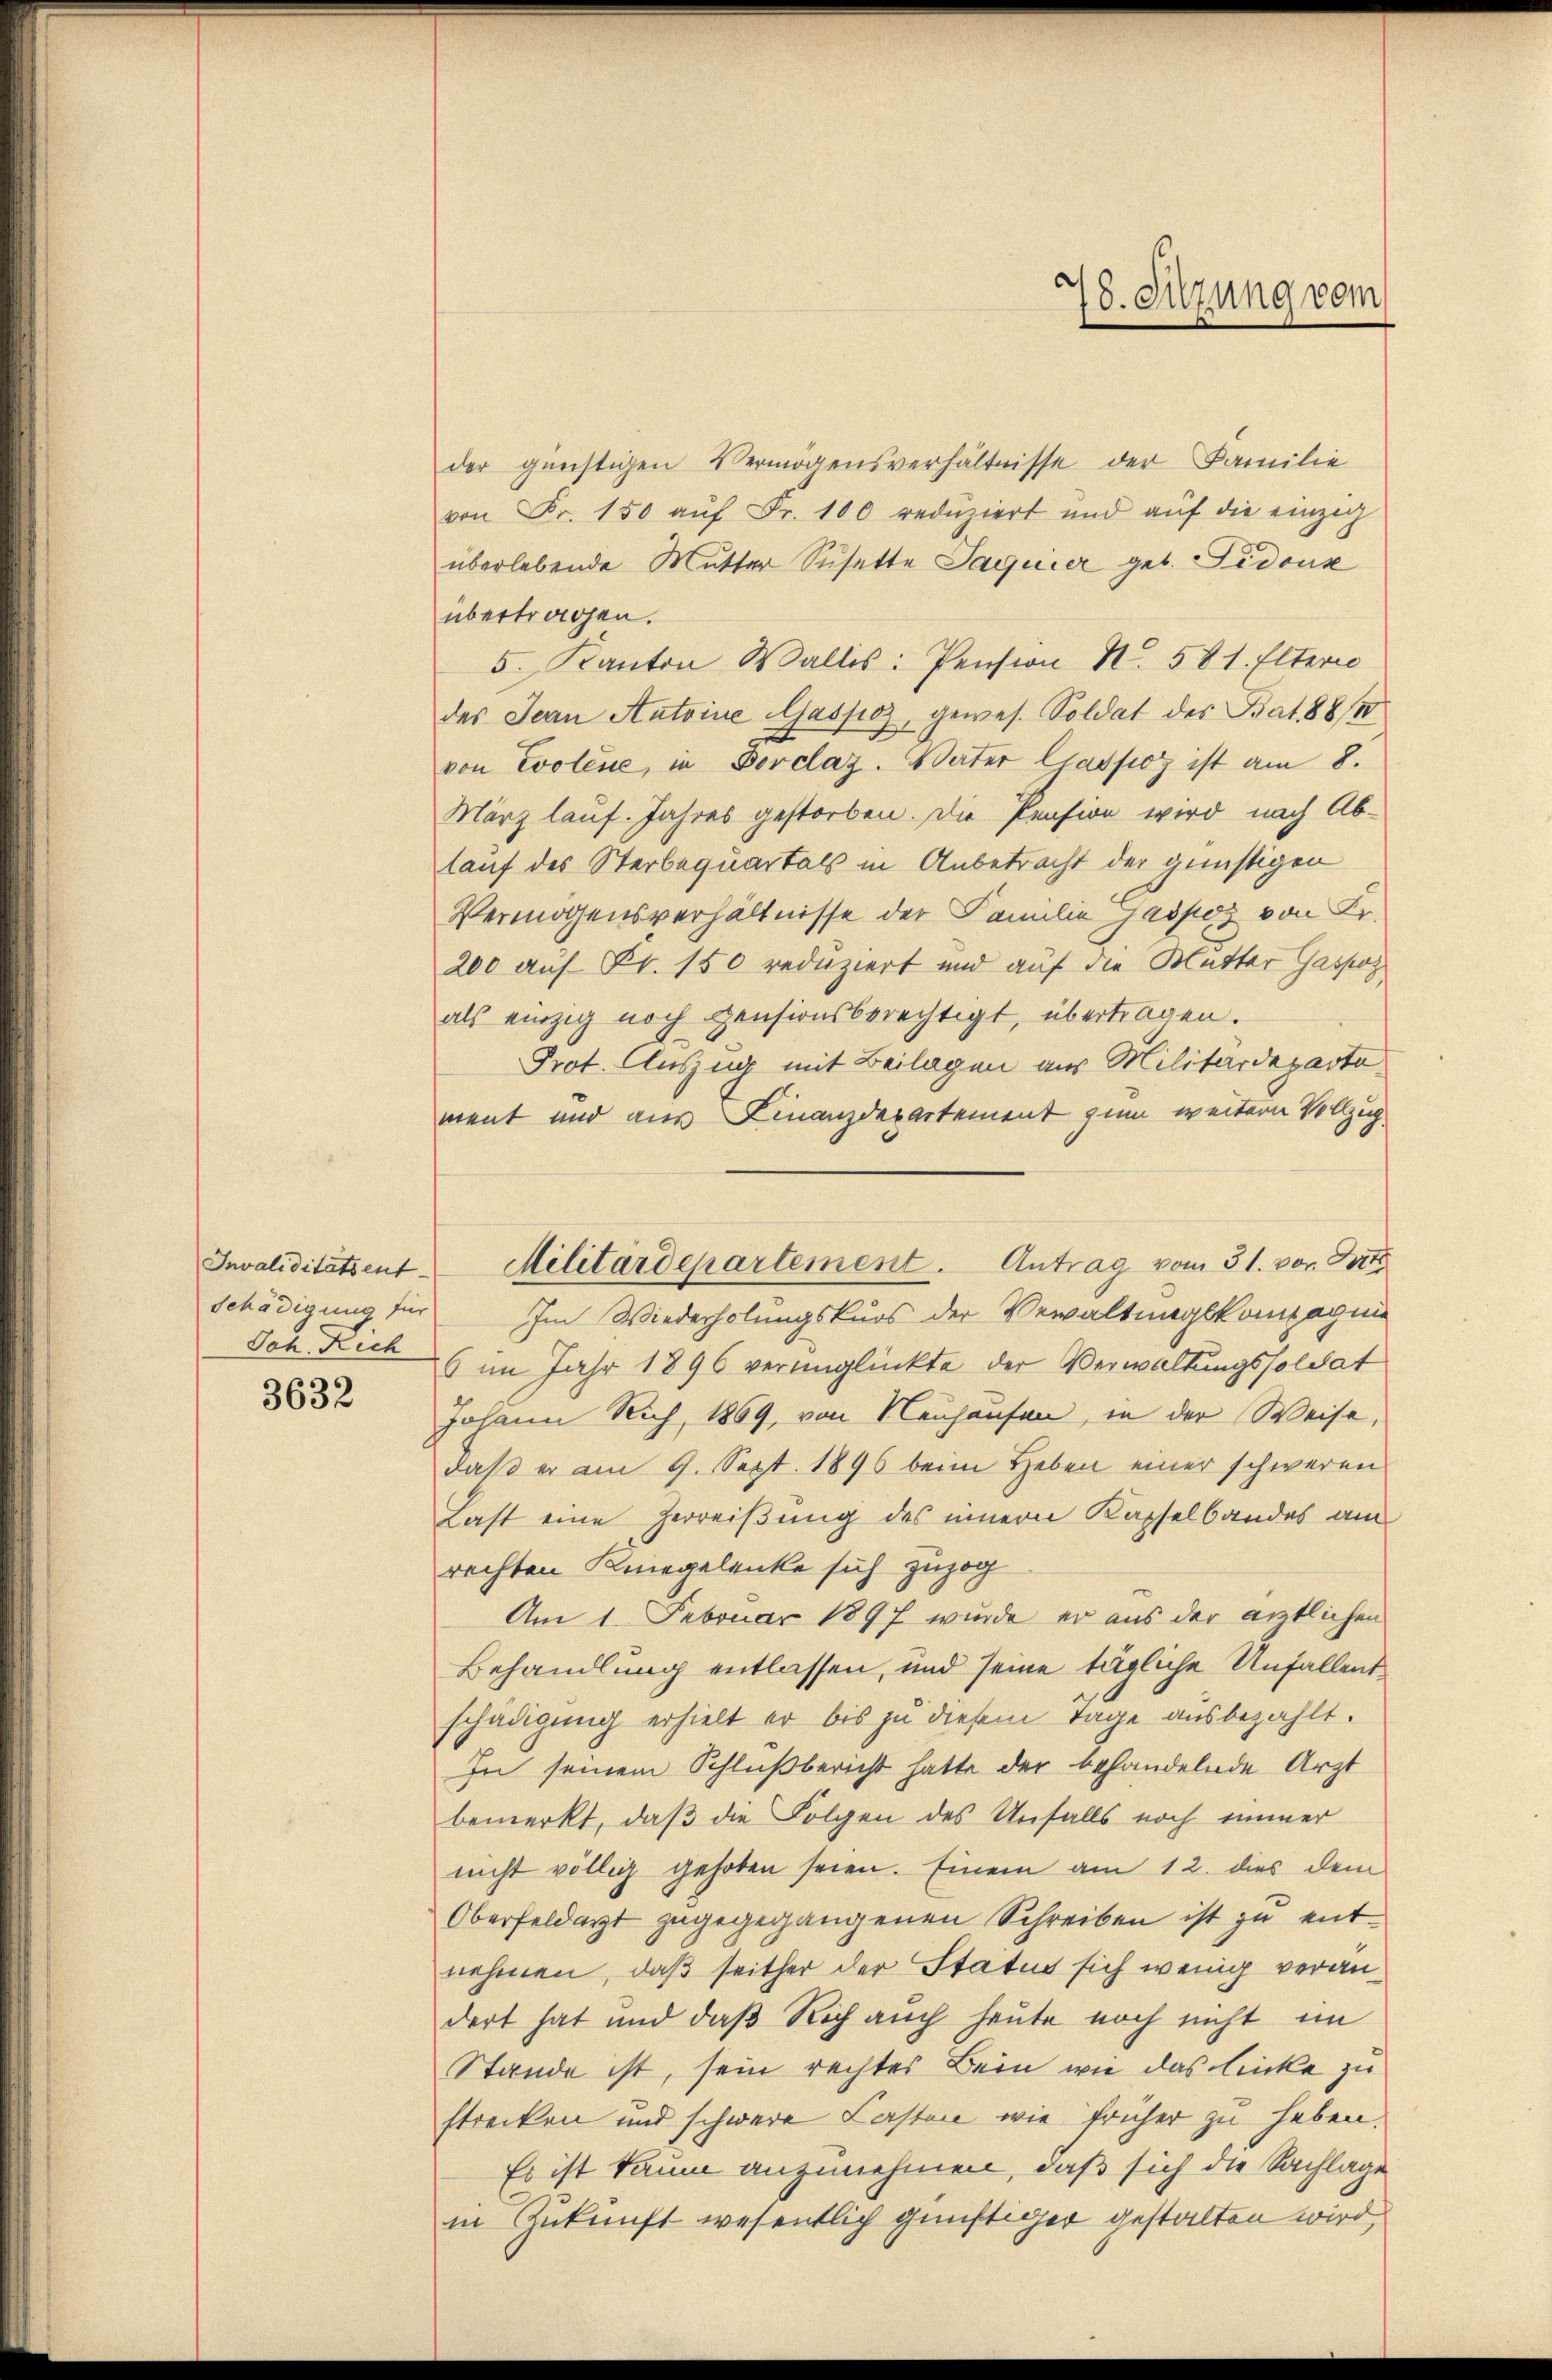
Joh. Rich

3632

der günstigen Vermögensverhältnisse der Familie
von Fr. 150 aŭf Fr. 100 redŭziert und aŭf die einzig
überlebende Mutter Susette Saguier geb. Vidous
übertragen.
5. Kanton Wallis: Pension N. 581. Eltern
des Jean Antoine Gaspoz, gewes. Soldat des Bat 88/4
von Evolene, in Borclaz. Vater Classez ist am 8.
März lauf. Jahres gestorben. Die Pension wird nach Ab-
lauf des Sterbequartals in Anbetracht der günstigen
Vermögensverhältnisse der Familie Jasso von Fr.
200 auf Fr. 150 reduziert und auf die Mutter Gaspor
als einzig noch pensionsberechtigt, übertragen.
Prot. Auszug mit Beilagen aus Militärdeparto
ment und aus Finanzdepartement zum weitern Vollzug
Schädigung für Im Wiederholungskurs der Verwaltungskompagnie
5 im Jahr 1896 verunglükte der Verwaltungssoldat
Johann Rich, 1869, von Neuhausen, in der Weise,
daß er am 9. Sept. 1896 beim Heben einer schweren
Last eine Herreißung des innern Kapselbandes am
rechten Kniegelenke sich zuzog
Am 1. Februar 1897 wurde er aus der entlichen
Behandlung entlassen, und seine tägliche Unfallent
schädigung erhielt er bis zu diesem Tage ausbezahlt.
In seinem Schlußbericht hatte der behandelnde Arzt
bemerkt, daß die Folgen des Unfalls noch immer
nicht völlig gehoben seien. Einem am 12. dies dem
Oberfeldarzt zugegegangenen Schreiben ist zŭ entnehmen, daß seither der Status sich wenig verandert hat und daß Rich auch heute noch nicht im
Stande ist, sein rechtes Bein wie das linke zu
strecken und schwere Casten wie früher zu haben.
Es ist kaum anzunehmen, daß sich die Sachlage
in Zukunft wesentlich günftiger gestalten wird,

Invaliditätsent Militärdepartement. Antrag vom 31. vor. Bitt

78. Sitzung vom